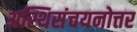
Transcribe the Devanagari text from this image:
अस्थिसंचयनोत्तर